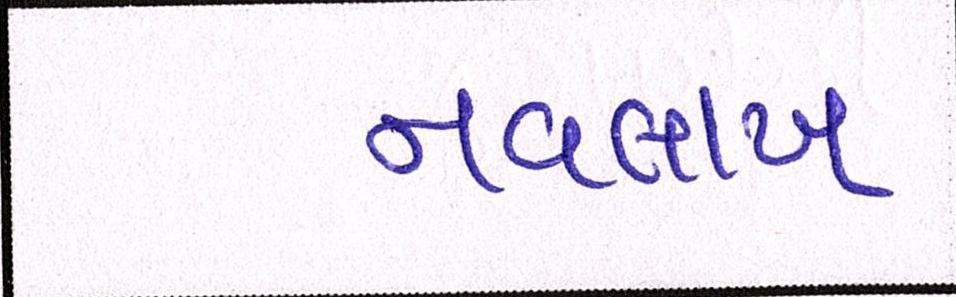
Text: નવલાખ